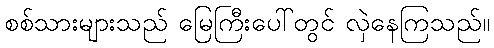
စစ်သားများသည် မြေကြီးပေါ်တွင် လှဲနေကြသည်။